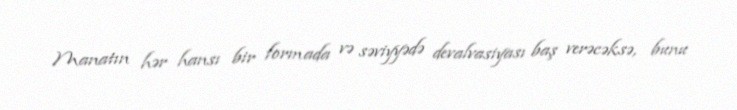
Manatın hər hansı bir formada və səviyyədə devalvasiyası baş verəcəksə, bunu